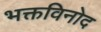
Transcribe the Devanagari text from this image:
भक्तविनोद